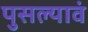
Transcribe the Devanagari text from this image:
पुसल्यावं